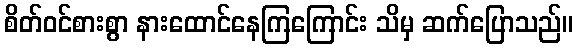
စိတ်ဝင်စားစွာ နားထောင်နေကြကြောင်း သိမှ ဆက်ပြောသည်။